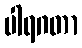
ပါရဂတာ